Annual report of the Civil Veterinary Department, Bengal, for the year 1897-98 - 1897-1898
Year: 1897
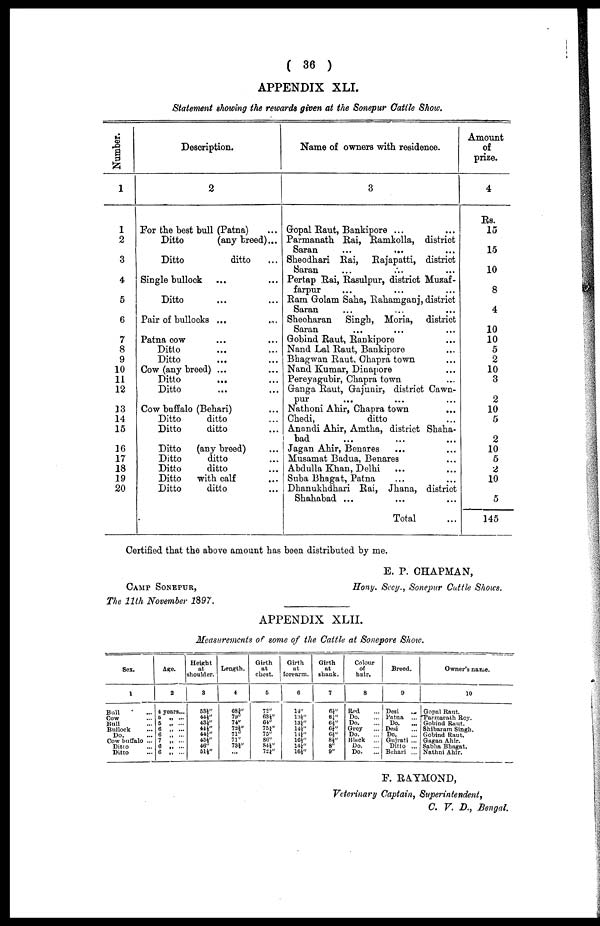
( 36 )
APPENDIX XLI.
Statement showing the rewards given at the Sonepur Cattle Show.
Number.
1
1
2
3
4
5
6
7
8
9
10
11
12
13
14
15
16
17
18
19
20
Description.
2
For the best bull (Patna) ...
Ditto
(any breed) ...
Ditto
ditto ...
Single bullock ... ...
Ditto ... ...
Pair of bullocks ... ...
Patna cow ... ...
Ditto ... ...
Ditto ... ...
Cow (any breed) ... ...
Ditto ... ...
Ditto ... ...
Cow buffalo (Behari) ...
Ditto
ditto ...
Ditto
ditto ...
Ditto
(any breed) ...
Ditto
ditto ...
Ditto
ditto ...
Ditto
with calf ...
Ditto
ditto ...
Name of owners with residence.
3
Gopal Raut, Bankipore ... ...
Parmanath Rai, Ramkolla, district
Saran ... ... ...
Sheodhari Rai, Rajapatti, district
Saran ... ... ...
Pertap Rai, Rasulpur, district Muzaf-
farpur ... ... ...
Ram Golam Saha, Rahamganj, district
Saran ... ... ...
Sheoharan
Singh, Moria, district
Saran ... ... ...
Gobind Raut, Rankipore ...
Nand Lal Raut, Bankipore ...
Bhagwan Raut. Chapra town ...
Nand Kumar, Dinapore ...
Pereyagubir, Chapra town ...
Granga Raut, Grajunir, district Cawn-
pur ... ... ...
Nathoni Ahir, Chapra town ...
Chedi,
ditto ...
Anandi Ahir, Amtha, district Shaha-
bad ... ... ...
Jagan Ahir, Benares ... ...
Musamat Badua, Benares ...
Abdulla Khan, Delhi ... ...
Suba Bhagat, Patna ... ...
Dhanukhdhari Rai, Jhana, district
Shahabad ... ... ...
Total ...
Amount
of
prize.
4
Rs.
15
15
10
8
4
10
10
5
2
10
3
2
10
5
2
10
5
2
10
5
145
Certified that the above amount has been distributed by me.
CAMP SONEPUR,
The 11th November 1897.
E. P. CHAPMAN,
Hony. Secy., Sonepur Cattle Shows.
APPENDIX XLII.
Measurements of some of the Cattle at Sonepore Show.
Sex.
1
Bull ...
Cow ...
Bull ...
Bullock ...
Do. ...
Cow buffalo ...
Ditto ...
Ditto ...
Age.
2
4 years...
5 „ ...
6 „ ...
6 „ ...
6
7 „ ...
6 .. ...
6 „ ...
Height
at
shoulder.
3
53½"
44½"
43½"
44½"
44½"
45½"
46"
51½"
Length.
4
68 3/4"
79"
74"
72½"
71"
71"
73½"
...
Girth
at
chest.
5
72"
63½"
64"
759"
75"
86"
84½"
72½"
Girth
at
forearm.
6
14"
13½" 13¼"
14½"
14½"
16½"
14¼"
16½"
Girth
at
shuuk.
7
6½"
6¼"
6¼"
6¼"
6½"
8½"
8"
9"
Colour
of
hair.
8
Rad ...
Do. ...
Do. ...
Grey ...
Do. ...
Block
...
Do. ...
Do.
...
Breed.
9
Desi
...
Patna ...
Do. ...
Desi ...
Do. ...
Gujrati ...
Dido ...
Behari ...
Owner's name.
10
Gopal Raut.
Parmarath Roy.
Gobind Rant.
Shibaram Singh.
Gobind Raut.
Gagan Ahir.
Sabha Bhagat.
Nathni Ahir.
F. RAYMOND,
Veterinary Captain, Superintendent,
C. V. D., Bengal.